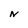
Character: N